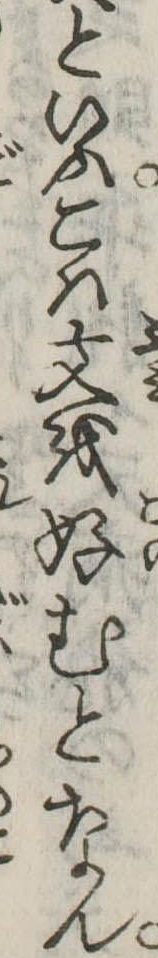
といふこは文を好むとなん